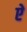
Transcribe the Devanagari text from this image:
एे